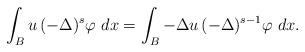
LaTeX: \begin{align*} \int_{B} u\, (-\Delta)^s \varphi\ dx = \int_{B} -\Delta u\,(-\Delta)^{s-1} \varphi\ dx. \end{align*}